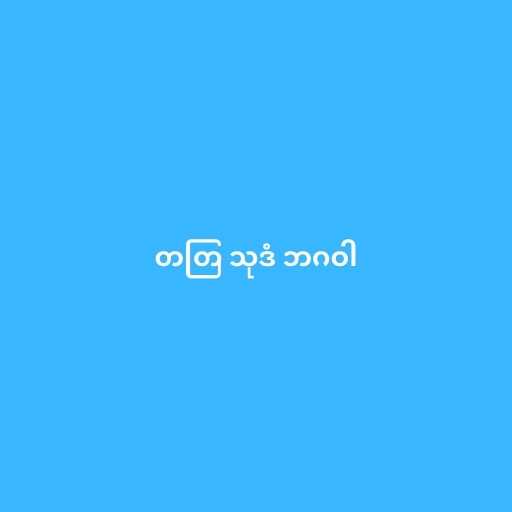
တတြ သုဒံ ဘဂဝါ